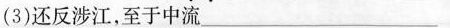
(3)还\underset{·}{反}涉江。至于中流___